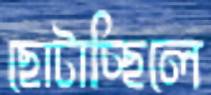
ছোটাচ্ছিলে